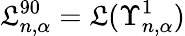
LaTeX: \mathfrak{L}_{n,\alpha}^{90}=\mathcal{{\mathfrak{L}}}(\Upsilon_{n,\alpha}^{1})